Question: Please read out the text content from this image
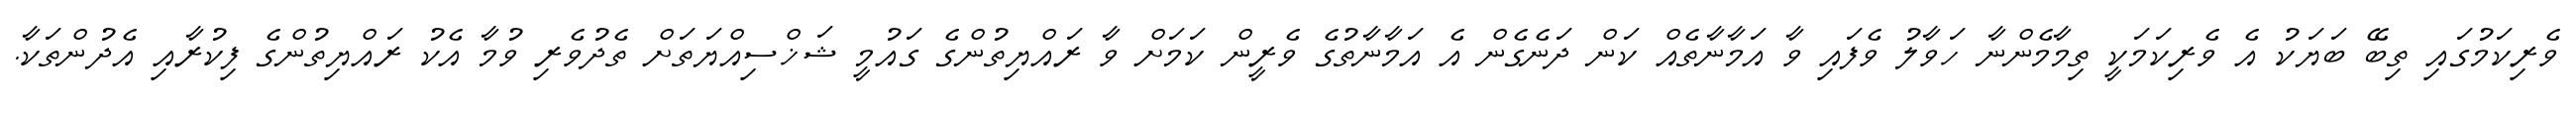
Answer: ވެރިކަމުގައި ތިބޭ ބަޔަކު އެ ވެރިކަމަކީ ތިމާމެންނާ ހަވާލު ވެފައި ވާ އަމާނާތެއް ކަން ދަނެގެން އެ އަމާނާތުގެ ވެރީން ކަމަށް ވާ ރައްޔިތުންގެ ގައުމީ ޝަޚްސިއްޔަތަށް ތެދުވެރި ވުމާ އެކު ރައްޔިތުންގެ ފިކުރާއި އެދުންތަކާ.